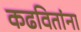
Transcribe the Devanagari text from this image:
कढवितांना